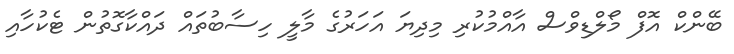
ބޭންކް އޮފް މޯލްޑިވްސް އާއްމުކުރި މިދިޔަ އަހަރުގެ މާލީ ހިސާބުތައް ދައްކާގޮތުން ޓެކުހާއި